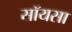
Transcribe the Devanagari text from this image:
सॉयसा